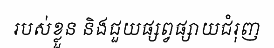
របស់ខ្លួន និងជួយផ្សព្វផ្សាយជំរុញ